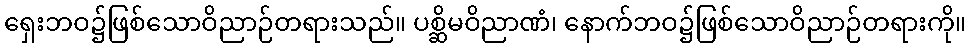
ရှေးဘဝ၌ဖြစ်သောဝိညာဉ်တရားသည်။ ပစ္ဆိမဝိညာဏံ၊ နောက်ဘဝ၌ဖြစ်သောဝိညာဉ်တရားကို။